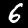
Digit: 6